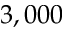
3 , 0 0 0